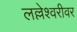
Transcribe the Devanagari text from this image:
लल्लेश्वरीवर